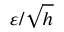
\varepsilon / { \sqrt { h } }